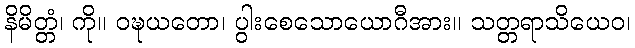
နိမိတ္တံ၊ ကို။ ဝဍ္ဎယတော၊ ပွါးစေသောယောဂီအား။ သတ္တရာသိယေဝ၊